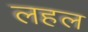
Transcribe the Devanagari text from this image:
लहल